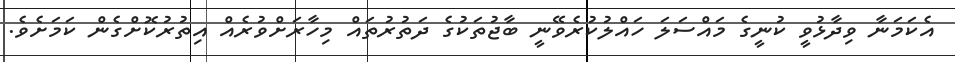
އެކަމަނާ ވިދާޅުވީ ކުނީގެ މައްސަލަ ހައްލުކުރެވޭނީ ބާޖުތަކުގެ ދަތުރުތައް މިހާރަށްވުރެއް އިތުރުކޮށްގެން ކަމަށެވެ.